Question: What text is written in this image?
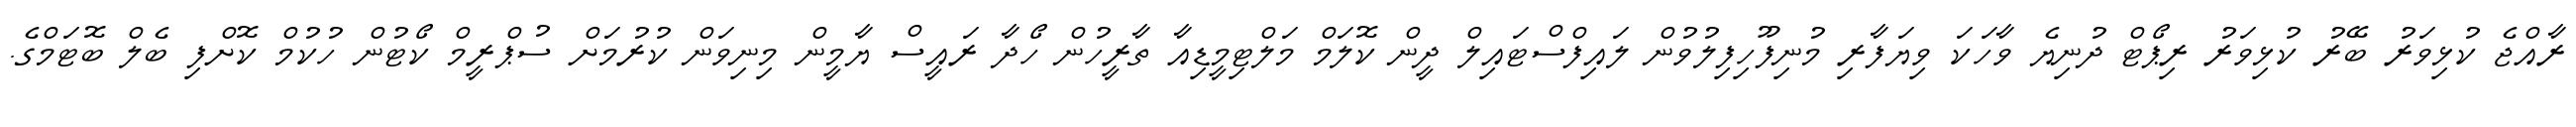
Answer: ރާއްޖެ ކުޅިވަރު ބޭރު ކުޅިވަރު ރިޕޯޓް ދުނިޔެ ވާހަކަ ވިޔަފާރި މުނިފޫހިފިލުވުން ލައިފްސްޓައިލް ދީން ކޮލަމް މަލްޓިމީޑިއާ ތާރީހުން ހޯދާ ރައީސް ޔާމީން މިނިވަން ކުރުމަށް ސުޕްރީމް ކޯޓުން ހުކުމް ކޮށްފި ބެލް ބޮޓަމްގެ.